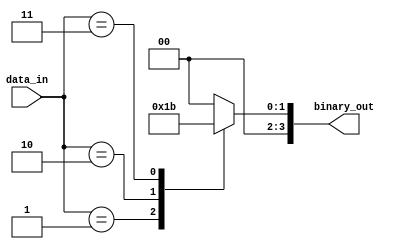
module Encoder(
    input wire [7:0] data_in,
    output reg [3:0] binary_out
);

always @(data_in) begin
    case(data_in)
        8'd0: binary_out <= 4'b0000;
        8'd1: binary_out <= 4'b0001;
        8'd2: binary_out <= 4'b0010;
        8'd3: binary_out <= 4'b0011;
        // Add more cases based on predetermined rules
        default: binary_out <= 4'b0000; // Default case
    endcase
end

endmodule